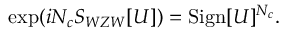
\exp ( i N _ { c } S _ { W Z W } [ U ] ) = \mathrm { S i g n } [ U ] ^ { N _ { c } } .